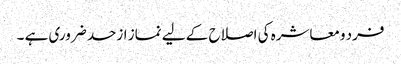
فرد ومعاشرہ کی اصلاح کے لیے نماز ازحد ضروری ہے ۔